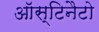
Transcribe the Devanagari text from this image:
ऑस्टिनैटो